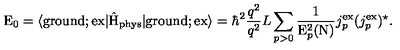
\mathrm { E } _ { 0 } = \langle \mathrm { g r o u n d } ; \mathrm { e x } | \hat { \mathrm { H } } _ { \mathrm { p h y s } } | \mathrm { g r o u n d } ; \mathrm { e x } \rangle = { \hbar } ^ { 2 } \frac { q ^ { 2 } } { q ^ { 2 } } { L } \sum _ { p > 0 } \frac { 1 } { \mathrm { E } _ { p } ^ { 2 } ( \mathrm { N } ) } j _ { p } ^ { \mathrm { e x } } ( j _ { p } ^ { \mathrm { e x } } ) ^ { \star } .